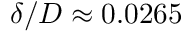
\delta / D \approx 0 . 0 2 6 5